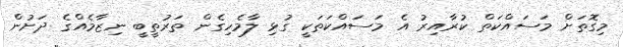
މިގޮތަށް މަސައްކަތް ކުރާއިރު އެ މަސައްކަތަކީ ގުޅި ލާމެހިގެން ތަރުތީބީ ނިޒާމެއްގެ ދަށުން